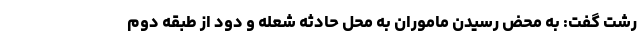
رشت گفت: به محض رسیدن ماموران به محل حادثه شعله و دود از طبقه دوم